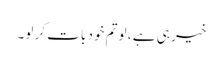
خیر ہی ہے ، لو تم خود بات کر لو۔